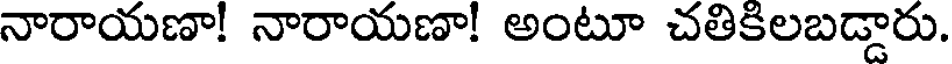
నారాయణా! నారాయణా! అంటూ చతికిలబడ్డారు.